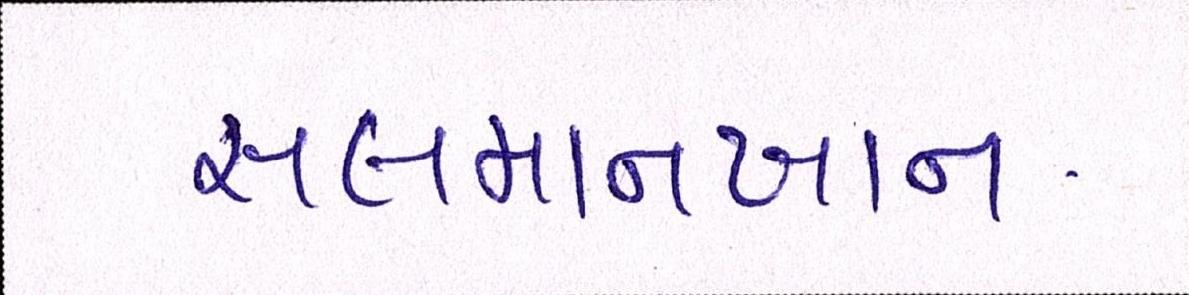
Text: સલમાનખાન